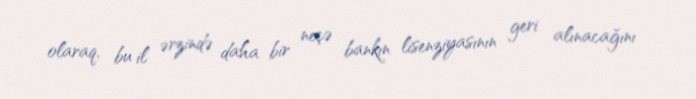
olaraq, bu il ərzində daha bir neçə bankın lisenziyasının geri alınacağını